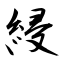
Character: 綅